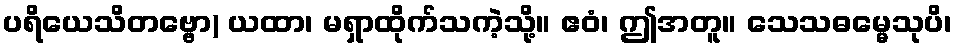
ပရိယေသိတဗ္ဗော) ယထာ၊ မရှာထိုက်သကဲ့သို့။ ဧဝံ၊ ဤအတူ။ သေသဓမ္မေသုပိ၊